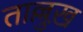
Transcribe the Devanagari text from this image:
ताल्लुख़